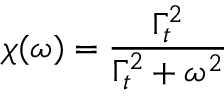
\chi ( \omega ) = \frac { \Gamma _ { t } ^ { 2 } } { \Gamma _ { t } ^ { 2 } + \omega ^ { 2 } }